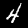
Label: 4